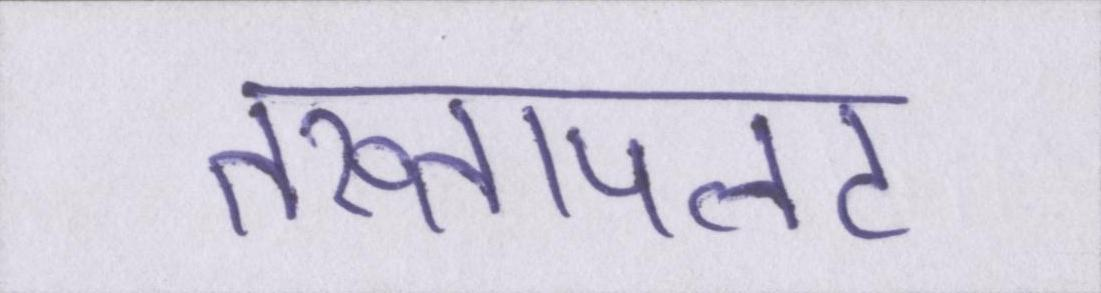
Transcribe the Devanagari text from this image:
तख्तापलट